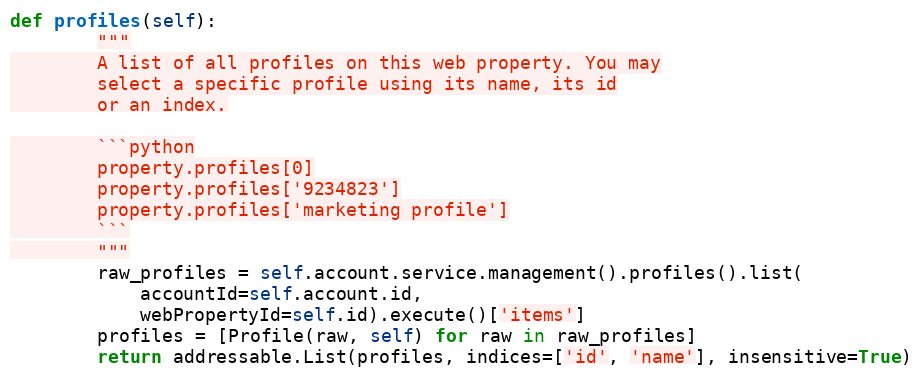
Language: Python
def profiles(self):
        """
        A list of all profiles on this web property. You may
        select a specific profile using its name, its id
        or an index.

        ```python
        property.profiles[0]
        property.profiles['9234823']
        property.profiles['marketing profile']
        ```
        """
        raw_profiles = self.account.service.management().profiles().list(
            accountId=self.account.id,
            webPropertyId=self.id).execute()['items']
        profiles = [Profile(raw, self) for raw in raw_profiles]
        return addressable.List(profiles, indices=['id', 'name'], insensitive=True)